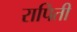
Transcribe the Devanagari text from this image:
रापिती